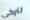
لتركي